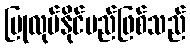
ပြုလုပ်နိုင်မည်ဖြစ်သည်